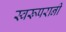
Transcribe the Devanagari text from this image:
स्वरूपरानी